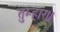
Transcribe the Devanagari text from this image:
तुम्‍हार।।